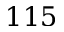
1 1 5